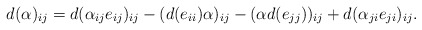
\begin{align*} d(\alpha)_{ij}=d(\alpha_{ij}e_{ij})_{ij}-(d(e_{ii})\alpha)_{ij}-(\alpha d(e_{jj}))_{ij}+d(\alpha_{ji}e_{ji})_{ij}. \end{align*}